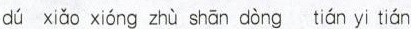
dú xiǎo xióng zhù shān dòng tián yi tián